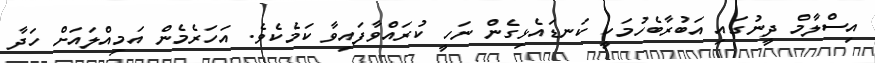
އިސްލާމް ދީނުގައި އަބުރާބެހުމަކީ ކަނޑައެޅިގެން ނަހީ ކުރައްވާފައިވާ ކަމެކެވެ. އަހަރެމެން އަމިއްލައަށް ހަދާ